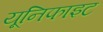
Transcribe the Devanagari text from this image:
यूनिफाइट